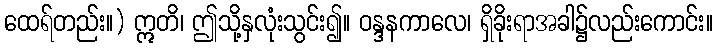
ထေရ်တည်း။) ဣတိ၊ ဤသို့နှလုံးသွင်း၍။ ဝန္ဒနကာလေ၊ ရှိခိုးရာအခါ၌လည်းကောင်း။